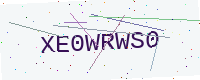
Text: XE0WRWS0